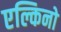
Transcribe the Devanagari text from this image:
एल्किनो